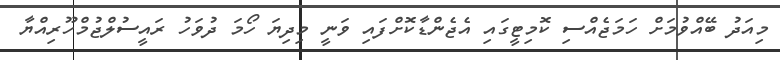
މިއަދު ބޭއްވުމަށް ހަމަޖެއްސި ކޮމިޓީގައި އެޖެންޑާކޮށްފައި ވަނީ މިދިޔަ ހޯމަ ދުވަހު ރައީސުލްޖުމްހޫރިއްޔާ